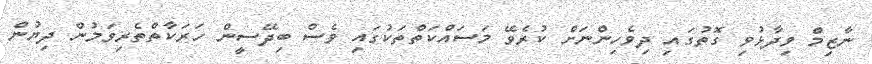
ނާޒިމް ވިދާޅުވި ގޮތުގައި ދިވެހިންނަށް ކުރެވޭ މަސައްކަތްތަކުގައި ވެސް ބިދޭސީން ހަރަކާތްތެރިވަމުން ދިޔުން